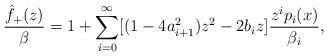
LaTeX: \begin{align*}\frac{\hat f_+(z)}{\beta}=1+\sum_{i=0}^{\infty}[(1-4 a_{i+1}^2)z^2-2b_i z]\frac{z^i p_i(x)}{\beta_i},\end{align*}